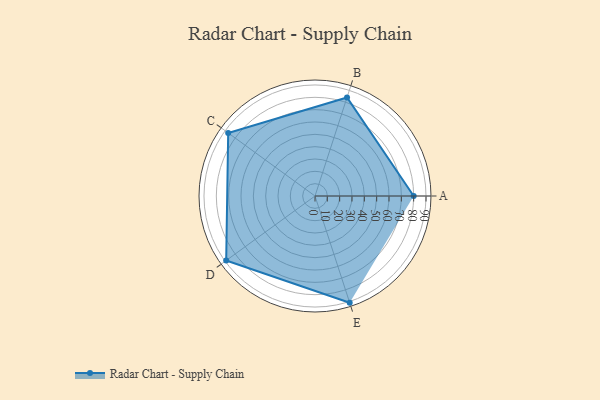
{"axis": {"x": "Skill", "y": "Score"}, "legend": ["Profile"], "data": [{"x": "A", "y": 80.0, "type": "Profile"}, {"x": "B", "y": 84.0, "type": "Profile"}, {"x": "C", "y": 87.0, "type": "Profile"}, {"x": "D", "y": 89.0, "type": "Profile"}, {"x": "E", "y": 91.0, "type": "Profile"}]}